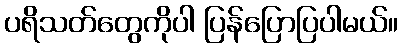
ပရိသတ်တွေကိုပါ ပြန်ပြောပြပါမယ်။